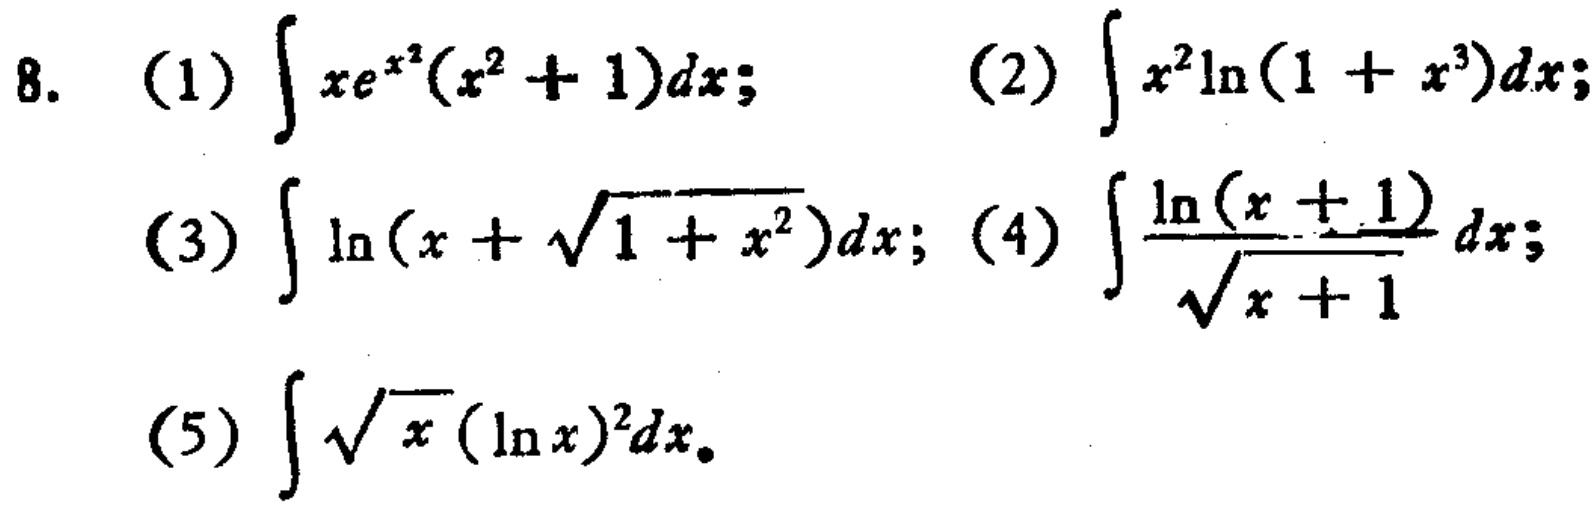
\begin{align*}
&8.\quad(1)\int xe^{x^{2}}(x^{2}+1)dx;\quad(2)\int x^{2}\ln(1 + x^{3})dx;\\
&(3)\int\ln(x+\sqrt{1 + x^{2}})dx;\quad(4)\int\frac{\ln(x + 1)}{\sqrt{x + 1}}dx;\\
&(5)\int\sqrt{x}(\ln x)^{2}dx.
\end{align*}